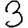
Digit: 3